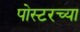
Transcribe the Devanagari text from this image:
पोस्टरच्या